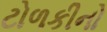
ટોળકીનો